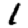
Digit: 1